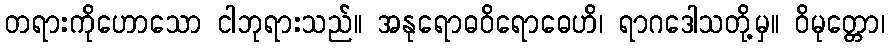
တရားကိုဟောသော ငါဘုရားသည်။ အနုရောဓဝိရောဓေဟိ၊ ရာဂဒေါသတို့မှ။ ဝိမုတ္တော၊